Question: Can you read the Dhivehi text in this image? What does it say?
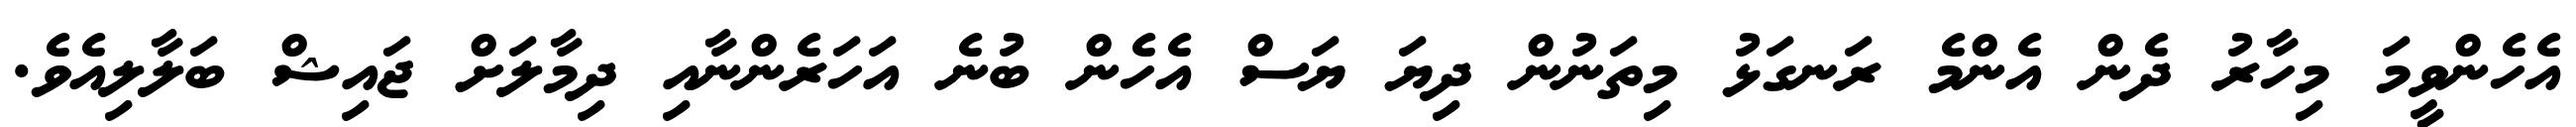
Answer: އެހެންވީމަ މިހާރު ދެން އެންމެ ރަނގަޅު މިތަނުން ދިޔަ ޔަސް އެހެން ބުނެ އަހަރެންނާއި ދިމާލަށް ޖައިޝް ބަލާލިއެވެ.